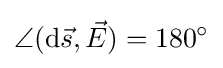
\angle (\mathrm {d} {\vec {s}},{\vec {E}})=180^{\circ }